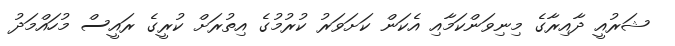
ޝަރުއީ ދާއިރާގެ މިނިވަންކަމާއި އެކަން ކަށަވަރު ކުރުމުގެ އިތުރަށް ކުރީގެ ރައީސް މުހައްމަދު